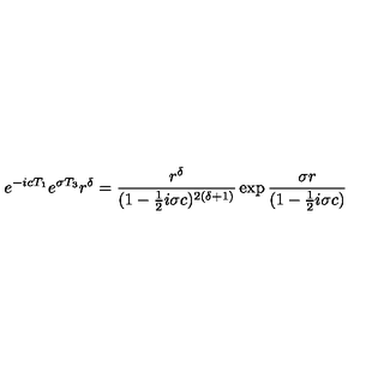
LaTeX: e ^ { - i c T _ { 1 } } e ^ { \sigma T _ { 3 } } r ^ { \delta } = { \frac { r ^ { \delta } } { ( 1 - { \frac { 1 } { 2 } } i \sigma c ) ^ { 2 ( \delta + 1 ) } } } \exp { { \frac { \sigma r } { ( 1 - { \frac { 1 } { 2 } } i \sigma c ) } } }